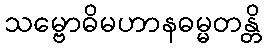
သမ္ဗောဓိမဟာနဓမ္မတန္တိ